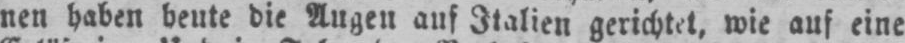
nen haben heute die Augen auf Italien gerichtet, wie auf eine